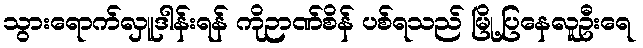
သွားရောက်လှူဒါန်းရန် ကိုဉာဏ်စိန် ပစ်ရသည် မြို့ပြနေလူဦးရေ